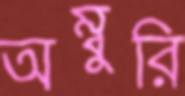
অম্বুরি